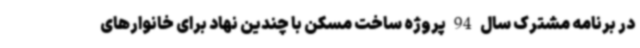
در برنامه مشترک سال 94 پروژه ساخت مسکن با چندین نهاد برای خانوارهای